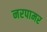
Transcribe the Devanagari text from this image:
नरपामर